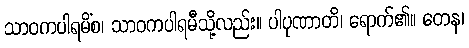
သာဝကပါရမိံစ၊ သာဝကပါရမီသို့လည်း။ ပါပုဏာတိ၊ ရောက်၏။ တေန၊